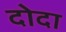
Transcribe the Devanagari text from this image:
दोदा